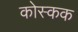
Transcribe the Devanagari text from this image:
कोस्कक